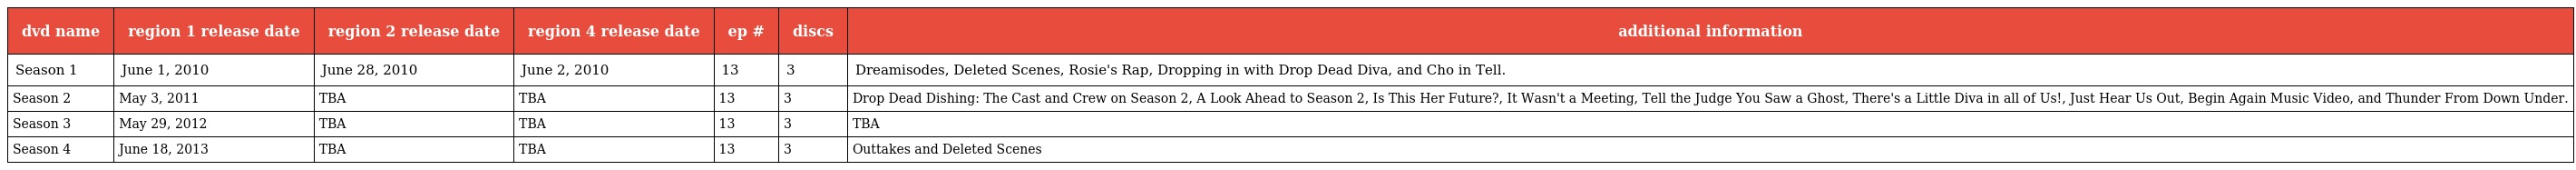
| dvd name | region 1 release date | region 2 release date | region 4 release date | ep # | discs | additional information |
 | --- | --- | --- | --- | --- | --- | --- |
 | Season 1 | June 1, 2010 | June 28, 2010 | June 2, 2010 | 13 | 3 | Dreamisodes, Deleted Scenes, Rosie's Rap, Dropping in with Drop Dead Diva, and Cho in Tell. |
 | Season 2 | May 3, 2011 | TBA | TBA | 13 | 3 | Drop Dead Dishing: The Cast and Crew on Season 2, A Look Ahead to Season 2, Is This Her Future?, It Wasn't a Meeting, Tell the Judge You Saw a Ghost, There's a Little Diva in all of Us!, Just Hear Us Out, Begin Again Music Video, and Thunder From Down Under. |
 | Season 3 | May 29, 2012 | TBA | TBA | 13 | 3 | TBA |
 | Season 4 | June 18, 2013 | TBA | TBA | 13 | 3 | Outtakes and Deleted Scenes |